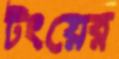
টংয়ের